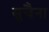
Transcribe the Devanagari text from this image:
सुचैना